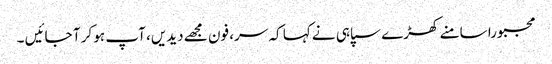
مجبورا سامنے کھڑے سپاہی نے کہا کہ سر، فون مجھے دیدیں، آپ ہو کر آ جائیں ۔